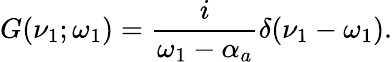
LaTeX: G(\nu_{1};\omega_{1})=\frac{i}{\omega_{1}-\alpha_{a}}\delta(\nu_{1}-\omega_{1}).